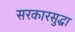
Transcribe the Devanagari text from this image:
सरकारसुद्धा